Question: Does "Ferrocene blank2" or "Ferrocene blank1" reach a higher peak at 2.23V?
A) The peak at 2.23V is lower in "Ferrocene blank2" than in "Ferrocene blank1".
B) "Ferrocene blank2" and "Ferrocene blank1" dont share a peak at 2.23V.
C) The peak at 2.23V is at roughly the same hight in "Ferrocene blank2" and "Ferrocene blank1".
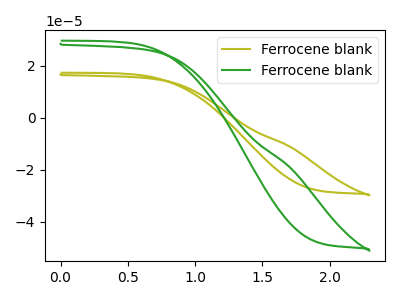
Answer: <think>The olive curve "Ferrocene blank1" has no peaks. The green curve "Ferrocene blank2" has no peaks.</think>
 <answer>B) "Ferrocene blank2" and "Ferrocene blank1" dont share a peak at 2.23V.</answer>
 <eval>B</eval>